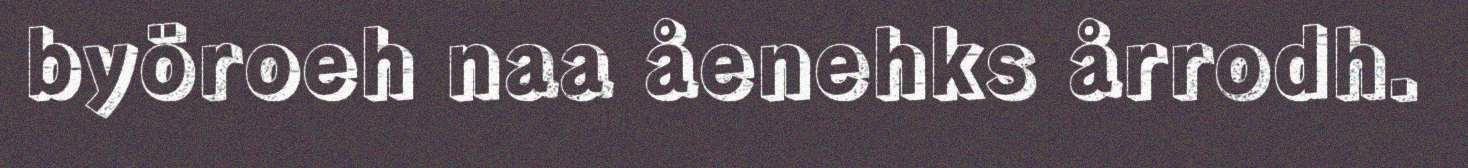
byöroeh naa åenehks årrodh.